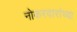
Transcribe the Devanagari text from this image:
नोकरदारांच्या